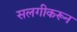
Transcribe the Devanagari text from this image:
सलगीकरून